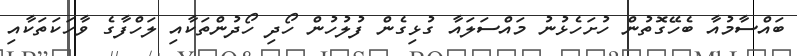
ބައްސާމުއާ ބެހޭގޮތުން ހުށަހެޅުނު މައްސަލައާ ގުޅިގެން ފުލުހުން ހޯދި ހޯދުންތަކާއި ލަހްފާގެ ވާހަކަތަކާއި